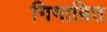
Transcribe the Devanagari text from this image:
गिगाबित